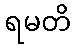
ရမတိ